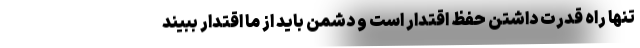
تنها راه قدرت داشتن حفظ اقتدار است و دشمن باید از ما اقتدار ببیند